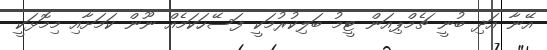
އޭނާ އަދި ބުނީ ޗެމްޕިއަން ޓީމު ބަލިކުރުމަކީ ފަސޭހަކަމެއް ނޫން ކަމަށާއި މިމޮޅަކީ